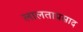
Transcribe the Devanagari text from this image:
लालताप्रसाद